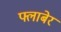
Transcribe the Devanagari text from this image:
फ्लाबेर